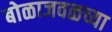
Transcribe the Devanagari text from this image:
बोळाजवळच्या